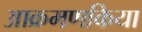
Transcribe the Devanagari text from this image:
आक्रमणकिया